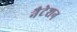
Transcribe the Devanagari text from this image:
नैटेशन